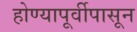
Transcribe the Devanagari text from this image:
होण्यापूर्वीपासून